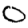
Digit: 0